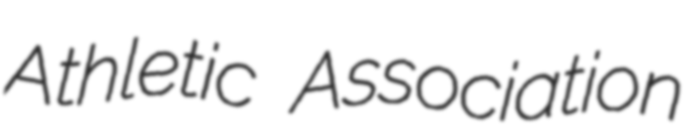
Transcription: Athletic Association